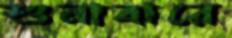
শুনাবারে